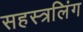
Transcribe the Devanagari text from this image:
सहस्त्रलिंग